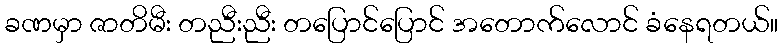
ခဏမှာ ဇာတိမီး တညီးညီး တပြောင်ပြောင် အတောက်လောင် ခံနေရတယ်။